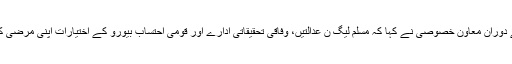
اسلام آباد میں پریس کانفرنس کے دوران معاون خصوصی نے کہا کہ مسلم لیگ ن عدالتیں، وفاقی تحقیقاتی ادارے اور قومی احتساب بیورو کے اختیارات اپنی مرضی کے تحت استعمال کرنا چاہتی ہے۔